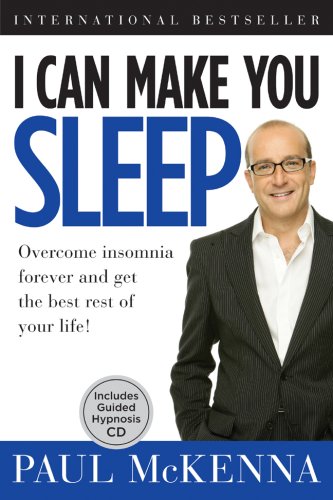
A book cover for I Can Make You Sleep: Overcome Insomnia Forever and Get the Best Rest of Your Life!  Book and CD; Paul McKenna; Health, Fitness & Dieting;